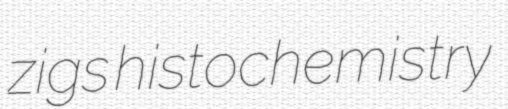
zigs histochemistry